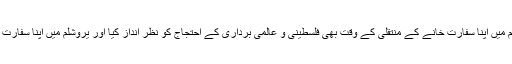
امریکا نے یروشلم میں اپنا سفارت خانے کے منتقلی کے وقت بھی فلسطینی و عالمی برداری کے احتجاج کو نظر انداز کیا اور یروشلم میں اپنا سفارت خانہ منتقل کردیا۔